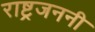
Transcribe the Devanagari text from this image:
राष्ट्रजननी